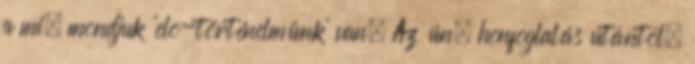
a mi, mondjuk 'elo-történelmünk' van. Az ún. honfoglalás utántól,